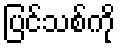
ပြင်သစ်ကို